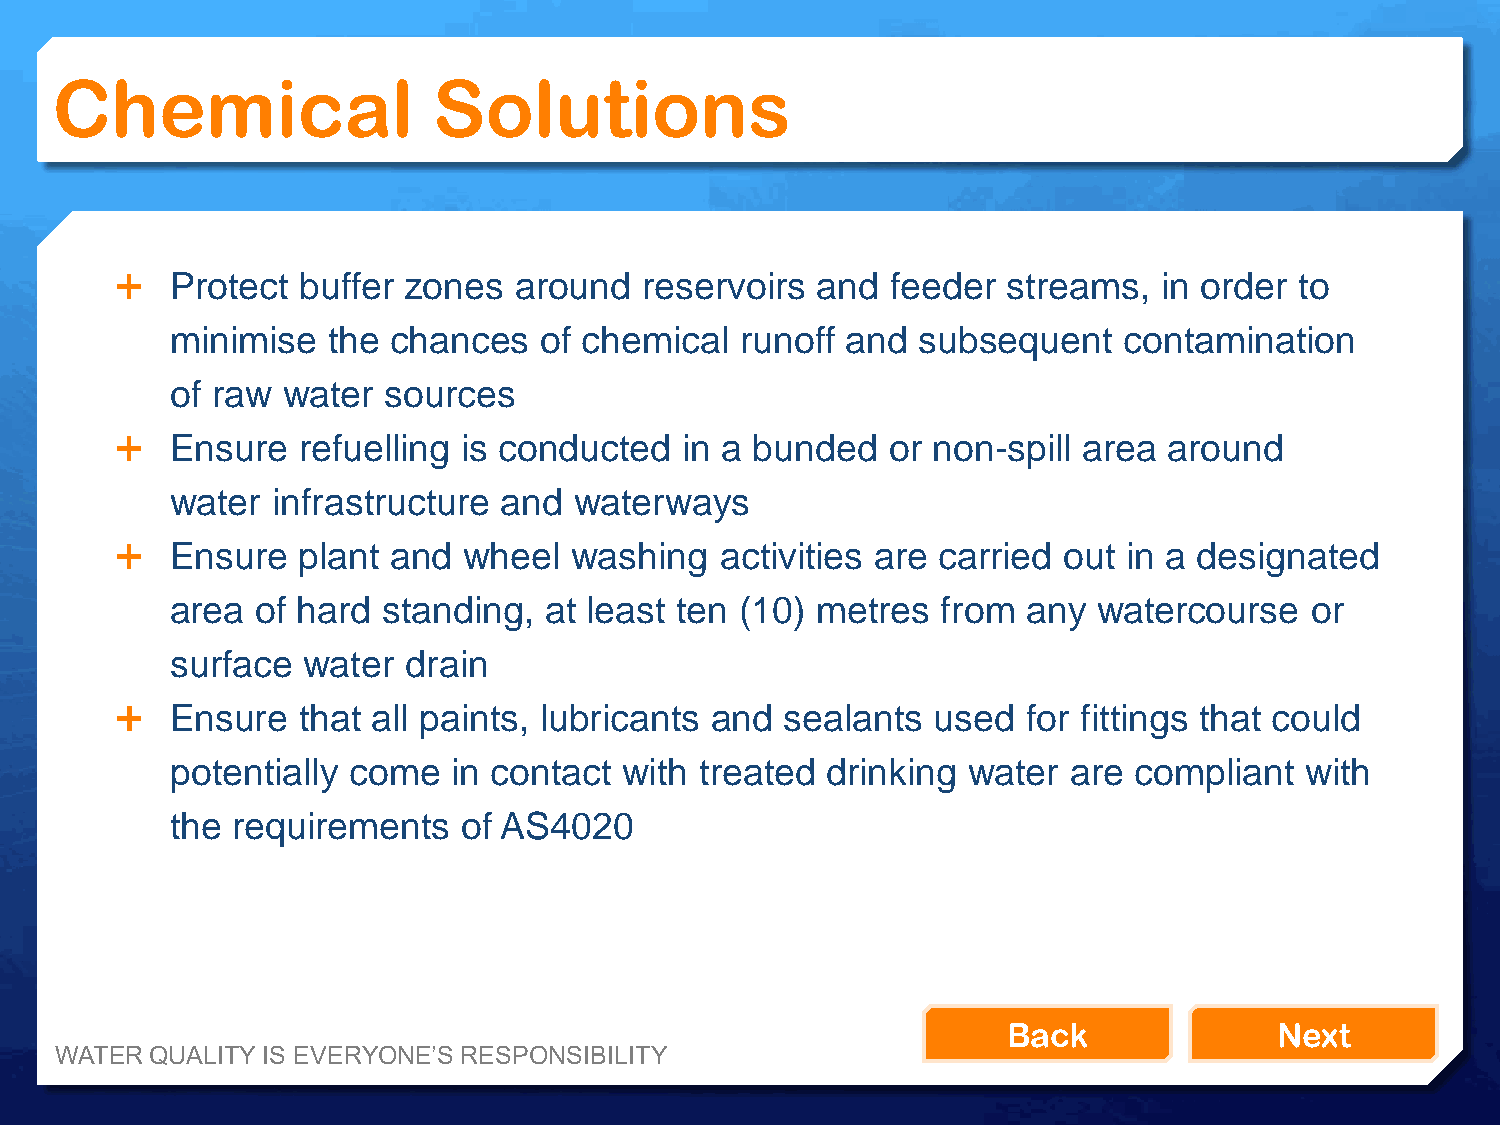
Chemical                  Solutions
   Protect  buffer zones  around   reservoirs and  feeder  streams,  in order to
 minimise   the chances   of chemical  runoff and  subsequent   contamination
 of raw  water sources
   Ensure   refuelling is conducted  in a bunded   or non-spill area around
 water  infrastructure and  waterways
   Ensure   plant and  wheel  washing   activities are carried out in a designated
 area  of hard standing,  at least ten (10) metres  from  any  watercourse   or
 surface  water  drain
   Ensure   that all paints, lubricants and sealants  used  for fittings that could
 potentially come   in contact with treated  drinking water  are compliant  with
 the requirements    of AS4020
 Back              Next
 WATER QUALITY IS EVERYONE’S RESPONSIBILITY